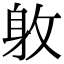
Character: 𨈡